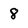
Character: 8